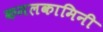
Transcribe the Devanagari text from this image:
कमलकामिनी